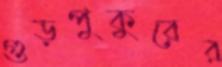
গুড়পুকুরের